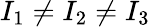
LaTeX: I_{1}\neq I_{2}\neq I_{3}